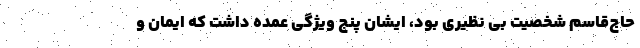
حاج‌قاسم شخصیت بی نظیری بود، ایشان پنج ویژگی‌ عمده داشت که ایمان و